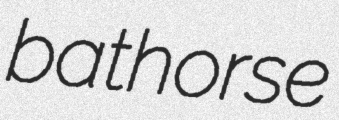
bathorse